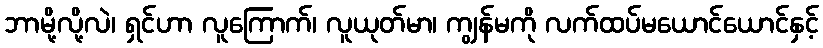
ဘာမို့လို့လဲ၊ ရှင်ဟာ လူကြောက်၊ လူယုတ်မာ၊ ကျွန်မကို လက်ထပ်မယောင်ယောင်နှင့်